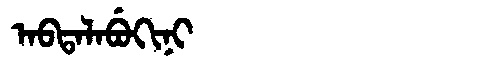
Manchu: ᠠᠪᡨᠠᠯᠠᠪᡠᡴᡳᠨᡳ
Romanization: ABTALABUKINI